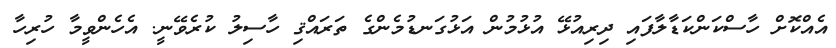
އެއްކޮށް ހާސްކަންކަޑާލާފައި ދިރިއުޅޭ އުޅުމުން އަޅުގަނޑުމެންގެ ތަރައްޤި ހާސިލު ކުރެވޭނީ. އެހެންވީމާ ހުރިހާ